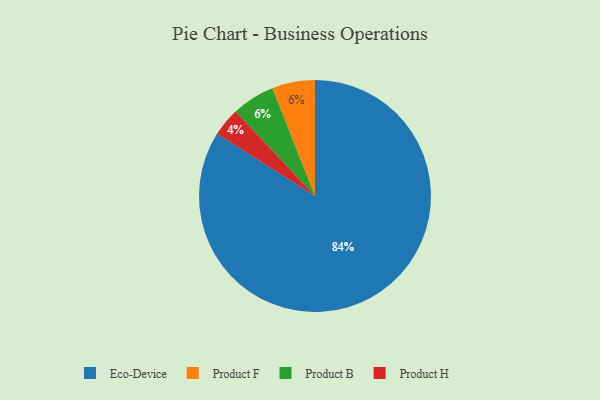
{"axis": {"x": "Category", "y": "Percentage"}, "legend": ["Eco-Device", "Product B", "Product F", "Product H"], "data": [{"x": "Product H", "y": 4, "type": "Product H"}, {"x": "Eco-Device", "y": 84, "type": "Eco-Device"}, {"x": "Product F", "y": 6, "type": "Product F"}, {"x": "Product B", "y": 6, "type": "Product B"}]}